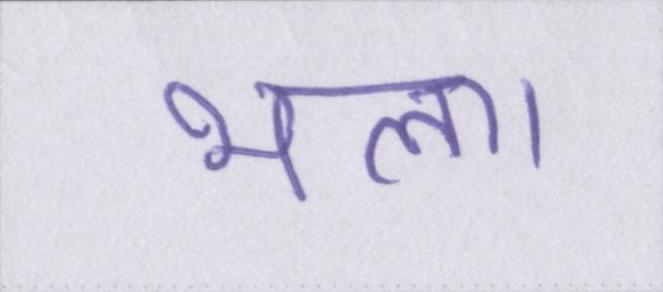
भला।